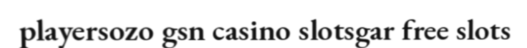
playersozo gsn casino slotsgar free slots